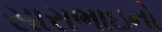
સારાભાઇનો